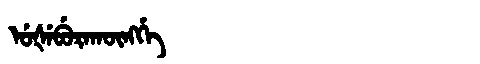
Manchu: ᡠᡧᡝᠪᡠᡵᠠᡴᡡᠩᡤᡝ
Romanization: UŠEBURAKŪNGGE